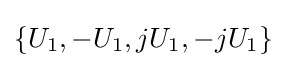
\{U_{1},-U_{1},jU_{1},-jU_{1}\}